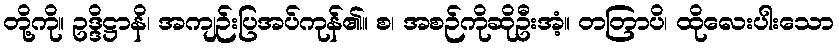
တို့ကို။ ဥဒ္ဒိဋ္ဌာနိ၊ အကျဉ်းပြအပ်ကုန်၏။ စ၊ အစဉ်ကိုဆိုဦးအံ့။ တတြာပိ၊ ထိုလေးပါးသော